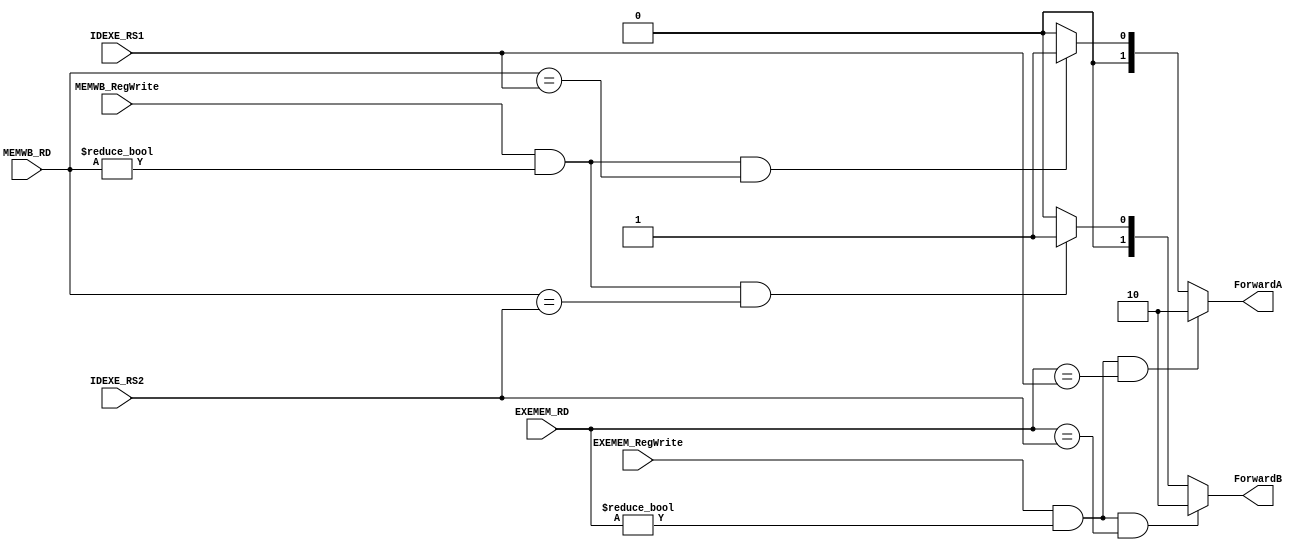
`timescale 1ns/1ps
module ForwardingUnit (
    input [5-1:0] IDEXE_RS1,
    input [5-1:0] IDEXE_RS2,
    input [5-1:0] EXEMEM_RD,
    input [5-1:0] MEMWB_RD,
    input EXEMEM_RegWrite,
    input MEMWB_RegWrite,
    output reg [2-1:0] ForwardA,
    output reg [2-1:0] ForwardB
);
/* Write your code HERE */

always @(*) begin
    if (EXEMEM_RegWrite&&EXEMEM_RD!=0&&EXEMEM_RD==IDEXE_RS1) begin
        ForwardA <= 2'b10;
    end
    else if (MEMWB_RegWrite&&MEMWB_RD!=0&&MEMWB_RD==IDEXE_RS1) begin
        ForwardA <= 2'b01;
    end
    else begin
        ForwardA <= 2'b00;
    end

    if (EXEMEM_RegWrite&&EXEMEM_RD!=0&&EXEMEM_RD==IDEXE_RS2) begin
        ForwardB <= 2'b10;
    end
    else if (MEMWB_RegWrite&&MEMWB_RD!=0&&MEMWB_RD==IDEXE_RS2) begin
        ForwardB <= 2'b01;
    end
    else begin
        ForwardB <= 2'b00;
    end

end

endmodule